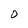
Character: 0